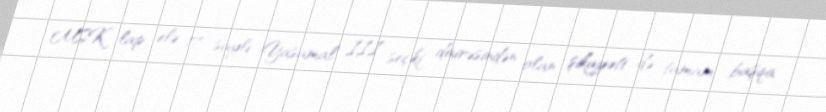
MSK lap elə 17 saylı Yasamal III seçki dairəsindən olan şikayəti də tamam başqa